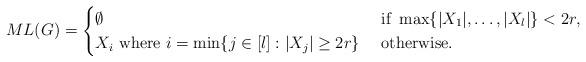
LaTeX: \begin{align*}ML(G)=\begin{cases}\emptyset &\textnormal{ if }\max\{|X_1|,\ldots, |X_l|\}<2r,\\X_i \textnormal{ where }i=\min \{ j\in [l]: |X_j|\geq 2r\} &\textnormal{ otherwise}.\end{cases}\end{align*}